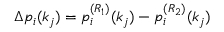
\begin{array} { r } { \Delta p _ { i } ( k _ { j } ) = p _ { i } ^ { ( R _ { 1 } ) } ( k _ { j } ) - p _ { i } ^ { ( R _ { 2 } ) } ( k _ { j } ) } \end{array}